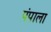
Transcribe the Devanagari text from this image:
पंपाला